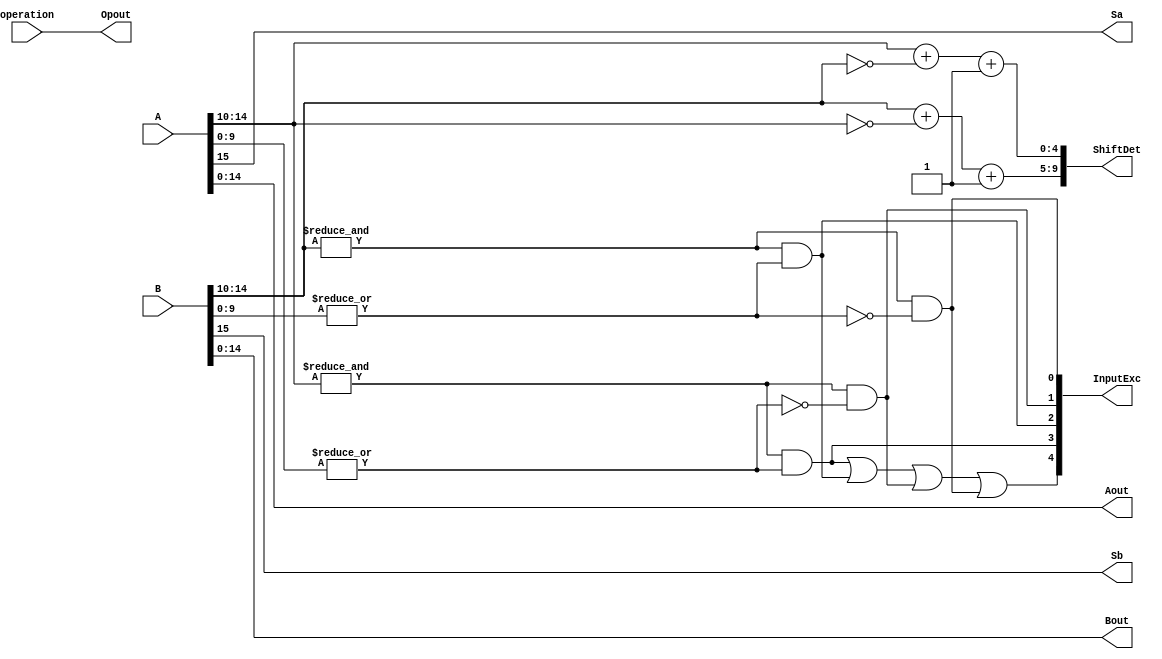
`define SIMULATION_MEMORY
`define EXPONENT 5
`define MANTISSA 10
`define ACTUAL_MANTISSA 11
`define EXPONENT_LSB 10
`define EXPONENT_MSB 14
`define MANTISSA_LSB 0
`define MANTISSA_MSB 9
`define MANTISSA_MUL_SPLIT_LSB 3
`define MANTISSA_MUL_SPLIT_MSB 9
`define SIGN 1
`define SIGN_LOC 15
`define DWIDTH (`SIGN+`EXPONENT+`MANTISSA)
`define IEEE_COMPLIANCE 1

module FPAddSub_PrealignModule(
		A,
		B,
		operation,
		Sa,
		Sb,
		ShiftDet,
		InputExc,
		Aout,
		Bout,
		Opout
	);

	// Input ports
	input [`DWIDTH-1:0] A ;										// Input A, a 32-bit floating point number
	input [`DWIDTH-1:0] B ;										// Input B, a 32-bit floating point number
	input operation ;

	// Output ports
	output Sa ;												// A's sign
	output Sb ;												// B's sign
	output [9:0] ShiftDet ;
	output [4:0] InputExc ;								// Input numbers are exceptions
	output [`DWIDTH-2:0] Aout ;
	output [`DWIDTH-2:0] Bout ;
	output Opout ;

	// Internal signals									// If signal is high...
	wire ANaN ;												// A is a NaN (Not-a-Number)
	wire BNaN ;												// B is a NaN
	wire AInf ;												// A is infinity
	wire BInf ;												// B is infinity
	wire [`EXPONENT-1:0] DAB ;										// ExpA - ExpB
	wire [`EXPONENT-1:0] DBA ;										// ExpB - ExpA

	assign ANaN = &(A[`DWIDTH-2:`DWIDTH-1-`EXPONENT]) & |(A[`MANTISSA-1:0]) ;		// All one exponent and not all zero mantissa - NaN
	assign BNaN = &(B[`DWIDTH-2:`DWIDTH-1-`EXPONENT]) & |(B[`MANTISSA-1:0]);		// All one exponent and not all zero mantissa - NaN
	assign AInf = &(A[`DWIDTH-2:`DWIDTH-1-`EXPONENT]) & ~|(A[`MANTISSA-1:0]) ;	// All one exponent and all zero mantissa - Infinity
	assign BInf = &(B[`DWIDTH-2:`DWIDTH-1-`EXPONENT]) & ~|(B[`MANTISSA-1:0]) ;	// All one exponent and all zero mantissa - Infinity

	// Put all flags into exception vector
	assign InputExc = {(ANaN | BNaN | AInf | BInf), ANaN, BNaN, AInf, BInf} ;

	//assign DAB = (A[30:23] - B[30:23]) ;
	//assign DBA = (B[30:23] - A[30:23]) ;
	assign DAB = (A[`DWIDTH-2:`MANTISSA] + ~(B[`DWIDTH-2:`MANTISSA]) + 1) ;
	assign DBA = (B[`DWIDTH-2:`MANTISSA] + ~(A[`DWIDTH-2:`MANTISSA]) + 1) ;

	assign Sa = A[`DWIDTH-1] ;									// A's sign bit
	assign Sb = B[`DWIDTH-1] ;									// B's sign	bit
	assign ShiftDet = {DBA[4:0], DAB[4:0]} ;		// Shift data
	assign Opout = operation ;
	assign Aout = A[`DWIDTH-2:0] ;
	assign Bout = B[`DWIDTH-2:0] ;

endmodule